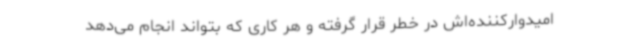
امیدوارکننده‌اش در خطر قرار گرفته و هر کاری که بتواند انجام می‌دهد